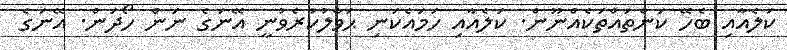
ކަލެއާއި ބެހޭ ކަންތައްތަކެއްނޫން. ކަލެއާއި ހަމައެކަނި ޙަވާލުކުރެވުނީ އޭނަގެ ނަން ހޯދަން. އޭނަގެ